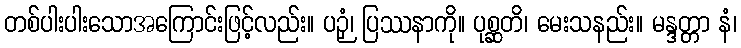
တစ်ပါးပါးသောအကြောင်းဖြင့်လည်း။ ပဉှံ၊ ပြဿနာကို။ ပုစ္ဆတိ၊ မေးသနည်း။ မန္ဒတ္တာ နံ၊